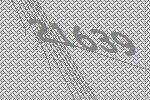
21639